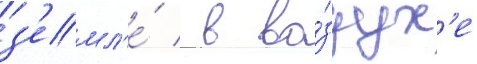
з'емл'е́ / в во́здух'е